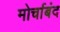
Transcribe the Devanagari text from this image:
मोर्चाबंद